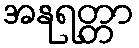
အနုရတ္တာ